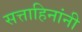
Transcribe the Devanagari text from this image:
सत्ताहिनांनी